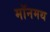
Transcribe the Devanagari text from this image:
मॉनमथ